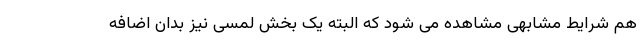
هم شرایط مشابهی مشاهده می شود که البته یک بخش لمسی نیز بدان اضافه